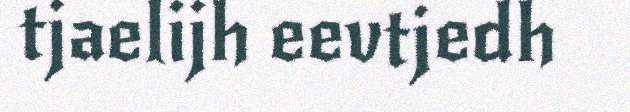
tjaelijh eevtjedh